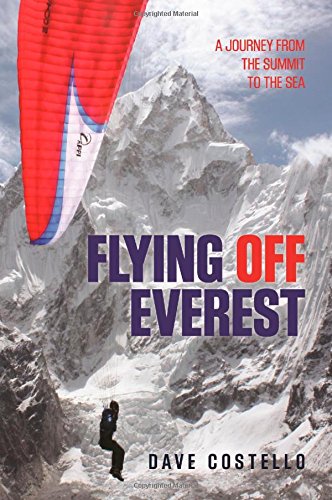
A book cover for Flying Off Everest: A Journey From The Summit To The Sea; Dave Costello; Sports & Outdoors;